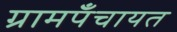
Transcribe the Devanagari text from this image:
ग्रामपँचायत